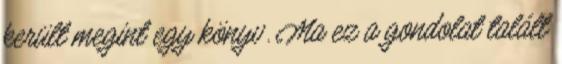
került megint egy könyv. Ma ez a gondolat talált